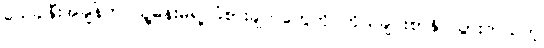
သေခါနီးအချိန်က သူ့မိန်းမရဲ့ ခံစားချက်တွေကို ကိုယ်ချင်းစာနိုင်သွားတယ်တဲ့